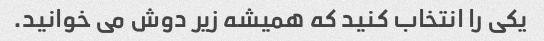
یکی را انتخاب کنید که همیشه زیر دوش می خوانید.